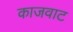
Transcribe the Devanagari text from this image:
काजवाट